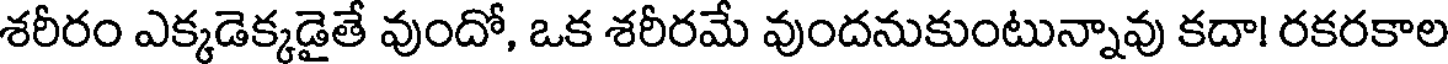
శరీరం ఎక్కడెక్కడైతే వుందో, ఒక శరీరమే వుందనుకుంటున్నావు కదా! రకరకాల